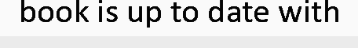
book is up to date with